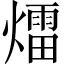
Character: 𤐝